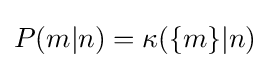
P(m|n)=\kappa (\{m\}|n)